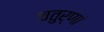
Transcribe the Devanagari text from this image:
चतुर्णां